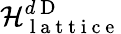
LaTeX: \mathcal{H}_{\mathrm{~l~a~t~t~i~c~e~}}^{d\mathrm{~D~}}